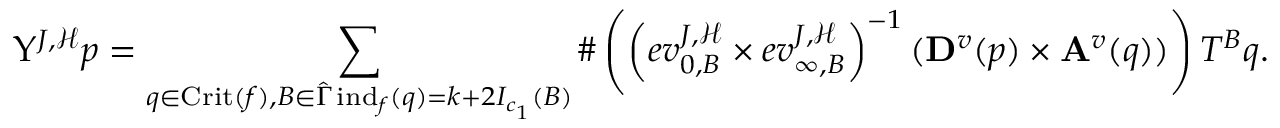
\Upsilon ^ { J , \mathcal { H } } p = \sum _ { \substack { \tiny q \in \mathrm { C r i t } ( f ) , B \in \hat { \Gamma } \, \mathrm { i n d } _ { f } ( q ) = k + 2 I _ { c _ { 1 } } ( B ) } } \# \left( \left( e v _ { 0 , B } ^ { J , \mathcal { H } } \times e v _ { \infty , B } ^ { J , \mathcal { H } } \right) ^ { - 1 } ( \mathbf { D } ^ { v } ( p ) \times \mathbf { A } ^ { v } ( q ) ) \right) T ^ { B } q .